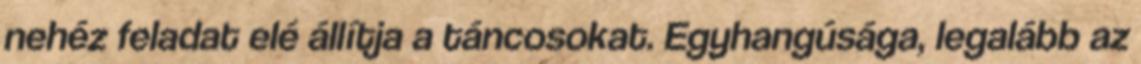
nehéz feladat elé állítja a táncosokat. Egyhangúsága, legalább az